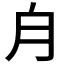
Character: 𣍝